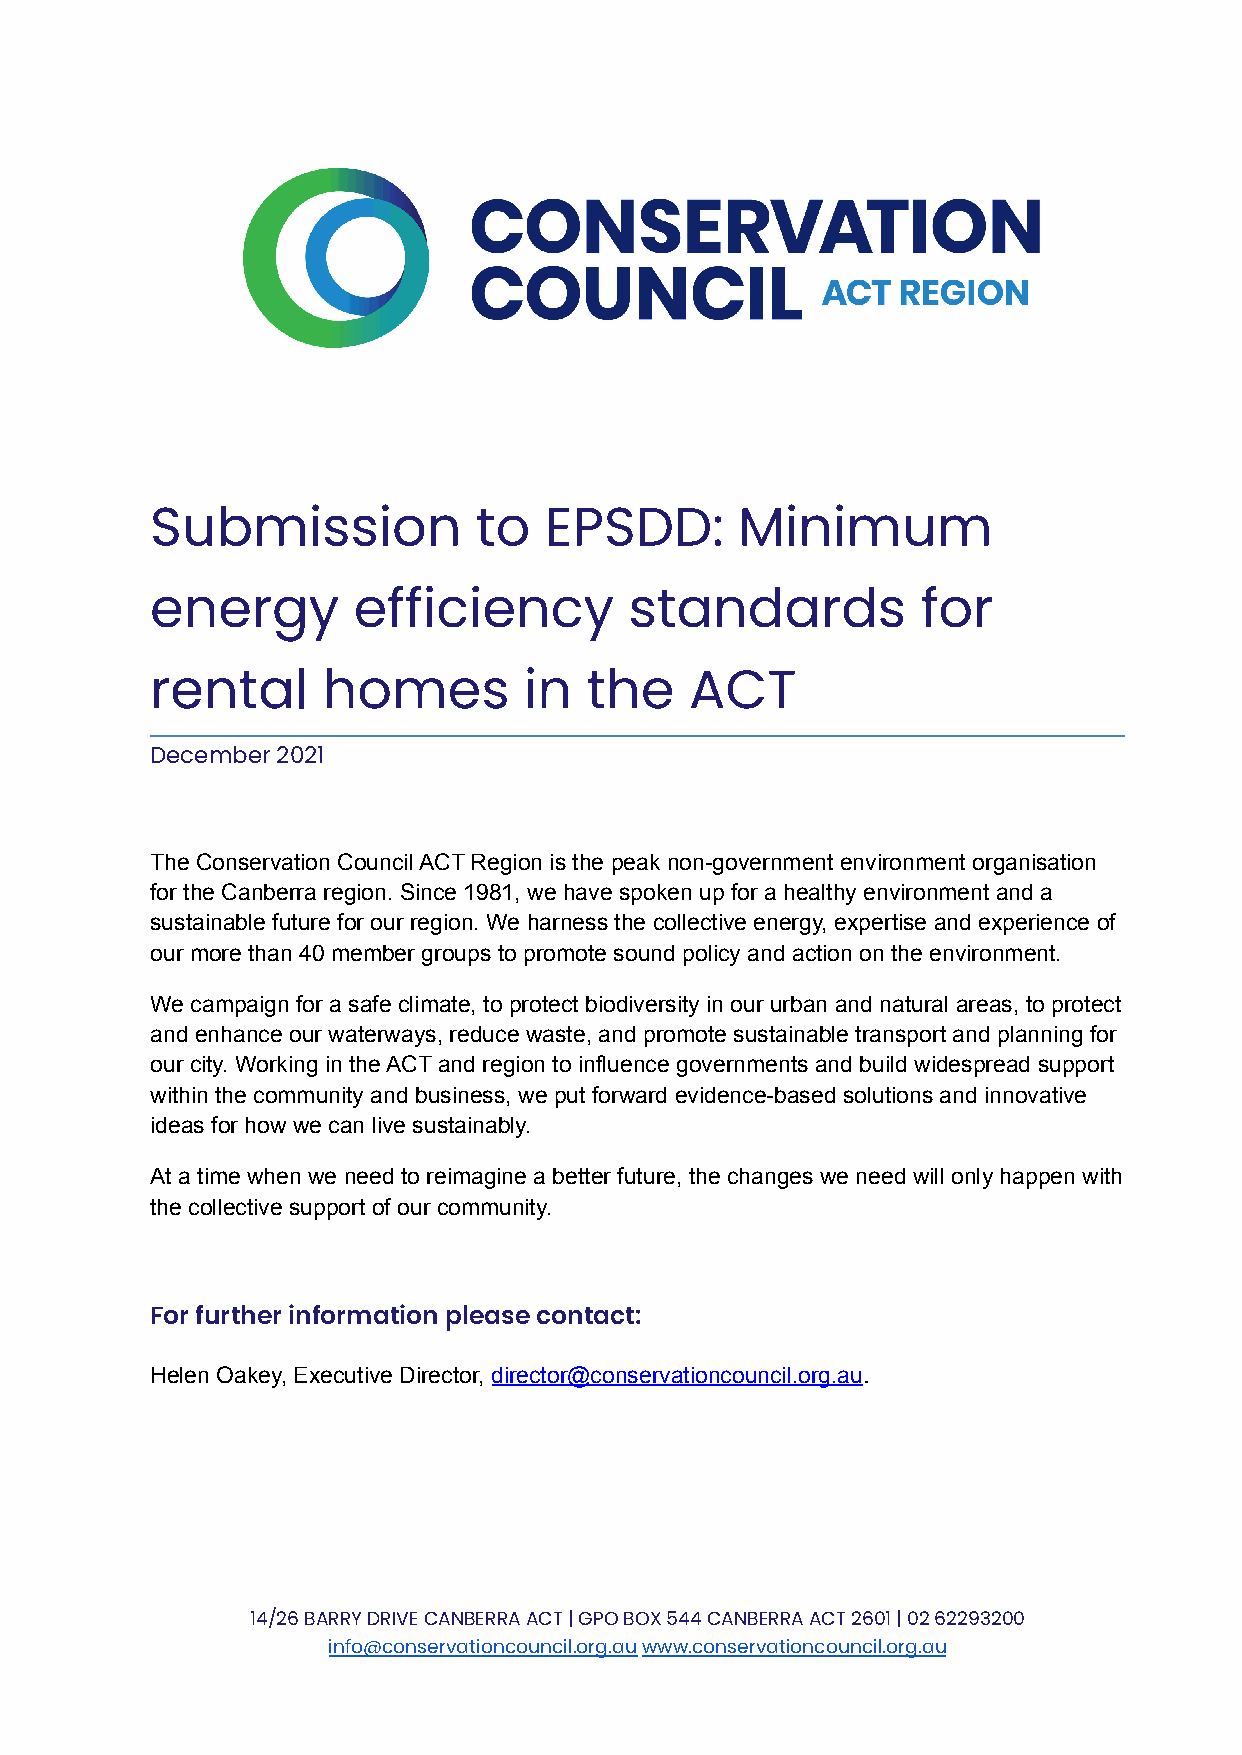
Submission           to   EPSDD:       Minimum
 energy       efficiency         standards          for
 rental     homes         in  the    ACT
 December 2021
 The Conservation Council ACT Region is the peak non-government environment organisation
 for the Canberra region. Since 1981, we have spoken up for a healthy environment and a
 sustainable future for our region. We harness the collective energy, expertise and experience of
 our more than 40 member groups to promote sound policy and action on the environment.
 We campaign for a safe climate, to protect biodiversity in our urban and natural areas, to protect
 and enhance our waterways, reduce waste, and promote sustainable transport and planning for
 our city. Working in the ACT and region to influence governments and build widespread support
 within the community and business, we put forward evidence-based solutions and innovative
 ideas for how we can live sustainably.
 At a time when we need to reimagine a better future, the changes we need will only happen with
 the collective support of our community.
 For further information please contact:
 Helen Oakey, Executive Director, director@conservationcouncil.org.au.
 14/26 BARRY DRIVE CANBERRA ACT | GPO BOX 544 CANBERRA ACT 2601 | 02 62293200
 info@conservationcouncil.org.auwww.conservationcouncil.org.au